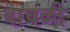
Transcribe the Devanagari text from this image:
वाघळी